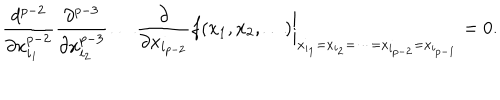
\frac { d ^ { p - 2 } } { \partial x _ { i _ { 1 } } ^ { p - 2 } } \frac { \partial ^ { p - 3 } } { \partial x _ { i _ { 2 } } ^ { p - 3 } } \dots \frac { \partial } { \partial x _ { i _ { p - 2 } } } f ( x _ { 1 } , x _ { 2 } , \dots ) \biggr | _ { x _ { i _ { 1 } } = x _ { i _ { 2 } } = \dots = x _ { i _ { p - 2 } } = x _ { i _ { p - 1 } } } = 0 .